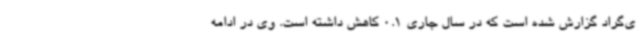
ی‌گراد گزارش شده است که در سال جاری 0.1 کاهش داشته است. وی در ادامه